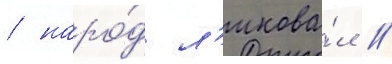
/ наро́д л'икова́л /